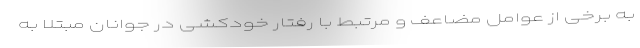
به برخی از عوامل مضاعف و مرتبط با رفتار خودکشی در جوانان مبتلا به